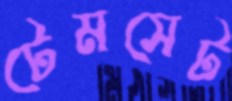
টেমসেট